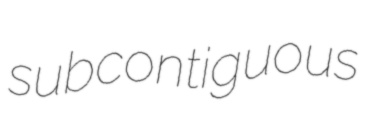
subcontiguous